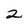
Character: 2